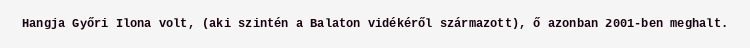
Hangja Győri Ilona volt, (aki szintén a Balaton vidékéről származott), ő azonban 2001-ben meghalt.